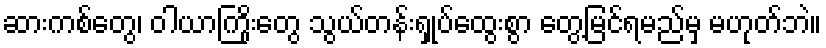
ဆားကစ်တွေ၊ ဝါယာကြိုးတွေ သွယ်တန်းရှုပ်ထွေးစွာ တွေ့မြင်ရမည်မှ မဟုတ်ဘဲ။